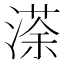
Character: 𭱻